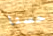
حسنا